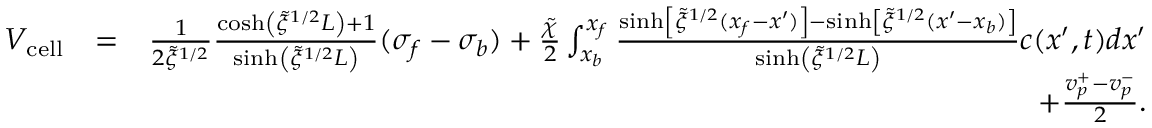
\begin{array} { r l r } { V _ { \mathrm { c e l l } } } & { = } & { \frac { 1 } { 2 \tilde { \xi } ^ { 1 / 2 } } \frac { \cosh \left( \tilde { \xi } ^ { 1 / 2 } L \right) + 1 } { \sinh \left( \tilde { \xi } ^ { 1 / 2 } L \right) } ( \sigma _ { f } - \sigma _ { b } ) + \frac { \tilde { \chi } } { 2 } \int _ { x _ { b } } ^ { x _ { f } } \frac { \sinh \left[ \tilde { \xi } ^ { 1 / 2 } ( x _ { f } - x ^ { \prime } ) \right] - \sinh \left[ \tilde { \xi } ^ { 1 / 2 } ( x ^ { \prime } - x _ { b } ) \right] } { \sinh \left( \tilde { \xi } ^ { 1 / 2 } L \right) } c ( x ^ { \prime } , t ) d x ^ { \prime } } \\ & { } & { + \frac { v _ { p } ^ { + } - v _ { p } ^ { - } } { 2 } . } \end{array}